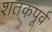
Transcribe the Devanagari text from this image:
शतकपूर्व